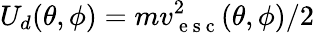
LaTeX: U_{d}(\theta,\phi)=mv_{\mathrm{~e~s~c~}}^{2}(\theta,\phi)/2